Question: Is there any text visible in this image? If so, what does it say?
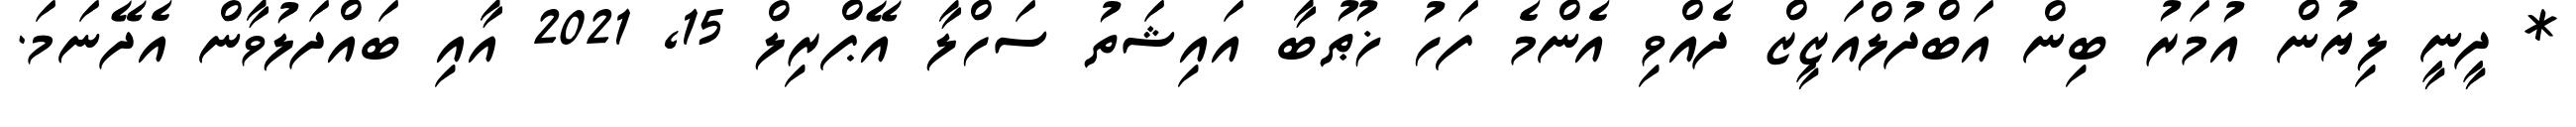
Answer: * ދީނީ ލިޔުން އުމަރު ބިން އަބްދުލްއަޒީޒް ދެއްވި އެންމެ ފަހު ޚުޠުބާ އައިޝަތު ސަހްލާ އޭޕްރިލް 15, 2021 އާއި ބައްދަލުވާން އެދޭނަމަ.